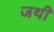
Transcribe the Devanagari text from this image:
जथी